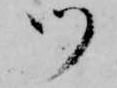
御